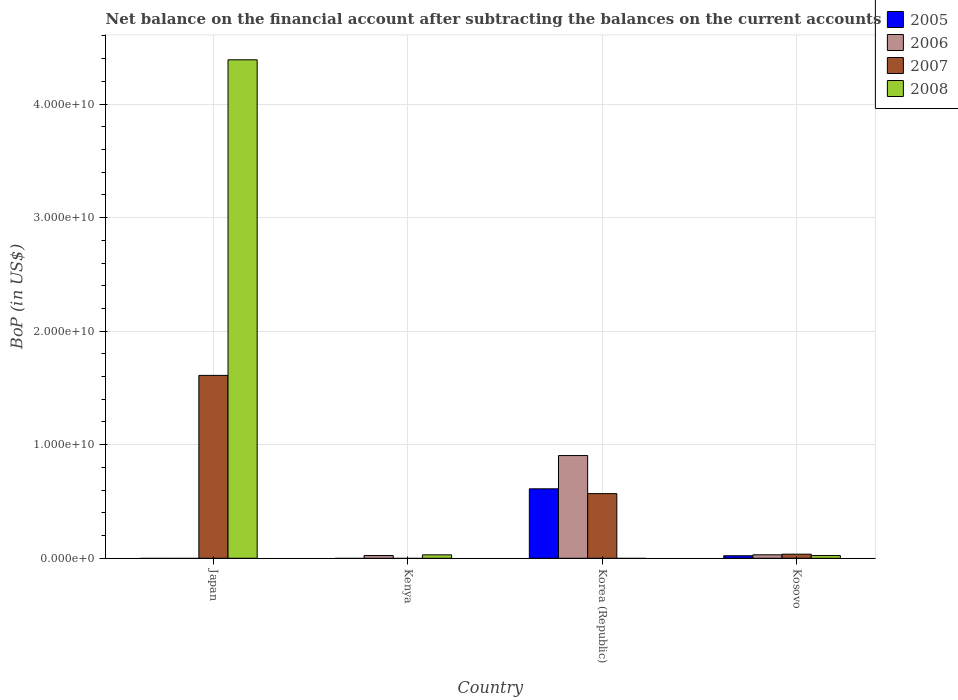
| Country | 2005 | 2006 | 2007 | 2008 |
 | --- | --- | --- | --- | --- |
 | Japan | -1.63e+10 | -3.2e+10 | 1.61e+10 | 4.39e+10 |
 | Kenya | -2.34e+08 | 2.42e+08 | -2.58e+08 | 3.01e+08 |
 | Korea (Republic) | 6.12e+09 | 9.05e+09 | 5.69e+09 | -9.81e+09 |
 | Kosovo | 2.21e+08 | 3.05e+08 | 3.6e+08 | 2.41e+08 |